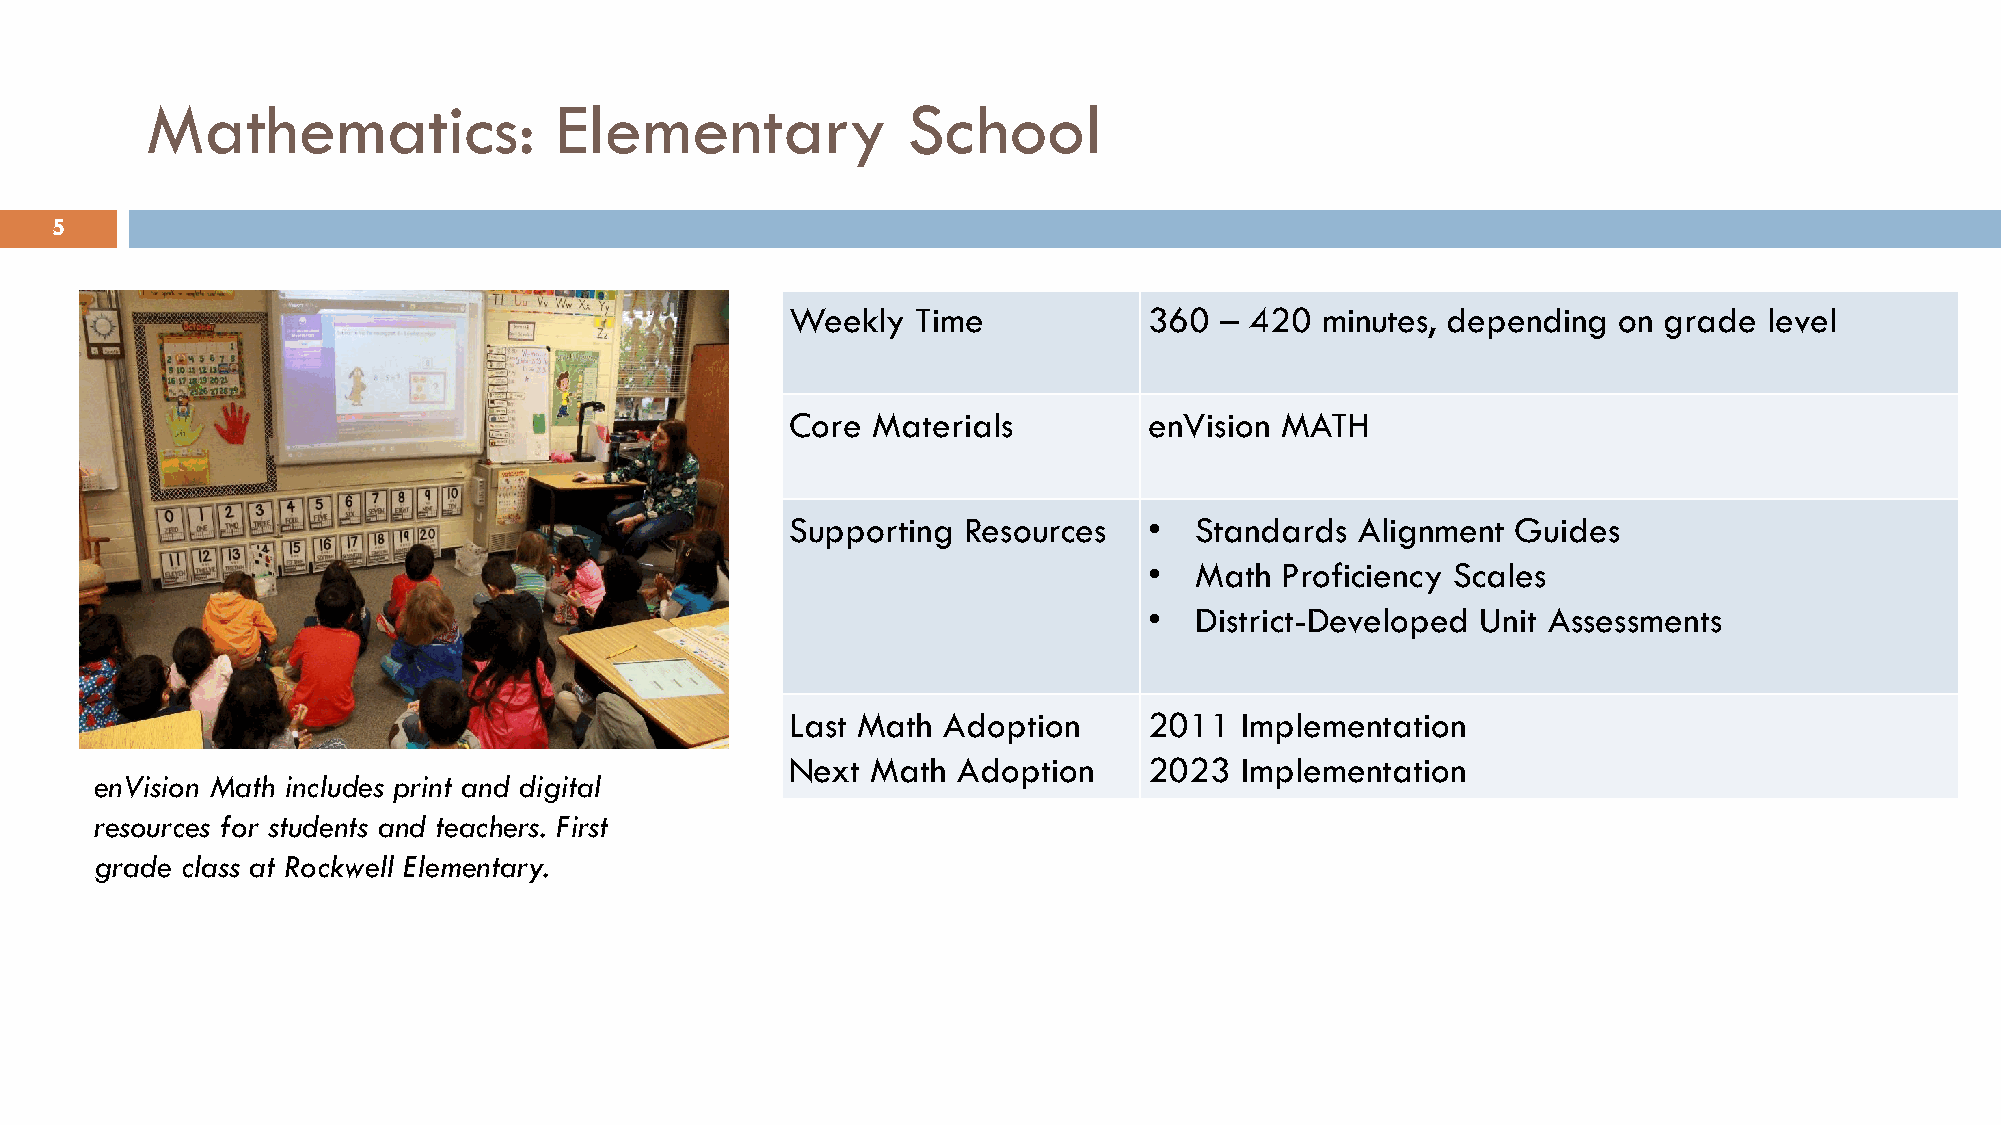
Mathematics:               Elementary             School
 5
 Weekly   Time           360  – 420 minutes, depending  on grade  level
 Core  Materials         enVision MATH
 Supporting  Resources   •  Standards  Alignment Guides
 •  Math  Proficiency Scales
 •  District-Developed Unit Assessments
 Last Math Adoption      2011  Implementation
 Next  Math Adoption     2023  Implementation
 enVision Math includes print and digital
 resources for students and teachers. First
 grade class at Rockwell Elementary.